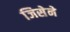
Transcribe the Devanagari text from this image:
जिसेने